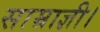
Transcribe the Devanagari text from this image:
साम्राज्ञी।